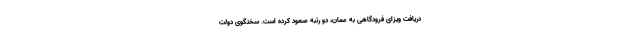
دریافت ویزای فرودگاهی به عمان، دو رتبه صعود کرده است. سخنگوی دولت